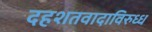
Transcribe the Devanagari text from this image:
दहशतवादाविरुध्ध